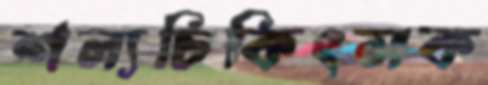
শল্যচিকিৎসক